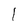
Character: l